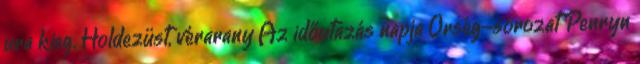
ura kieg. Holdezüst, vérarany Az időutazás napja Őrség-sorozat Penryn